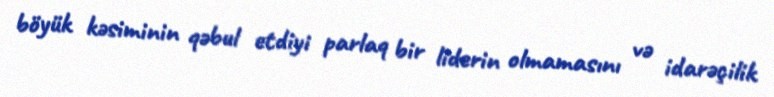
böyük kəsiminin qəbul etdiyi parlaq bir liderin olmamasını və idarəçilik